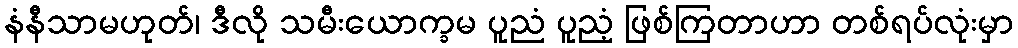
နံနီသာမဟုတ်၊ ဒီလို သမီးယောက္ခမ ပူညံ ပူညံ့ ဖြစ်ကြတာဟာ တစ်ရပ်လုံးမှာ